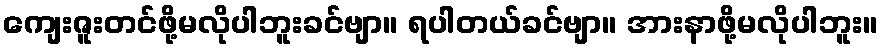
ကျေးဇူးတင်ဖို့မလိုပါဘူးခင်ဗျာ။ ရပါတယ်ခင်ဗျာ။ အားနာဖို့မလိုပါဘူး။